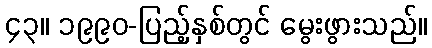
၄၃။ ၁၉၉၀-ပြည့်နှစ်တွင် မွေးဖွားသည်။